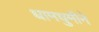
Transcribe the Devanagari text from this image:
धामधुमीने